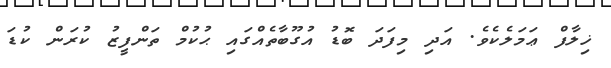
ޚިލާފް ޢަމަލެކެވެ. އަދި މިފަދަ ބޮޑު އުގޫބާތެއްގައި ޙުކުމް ތަންފީޒު ކުރަން ކުޑަ